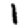
Digit: 1